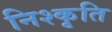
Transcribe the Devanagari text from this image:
निश्कृति